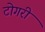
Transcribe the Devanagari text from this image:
टोगरी